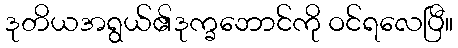
ဒုတိယအရွယ်၏ဒုက္ခဘောင်ကို ဝင်ရလေပြီ။